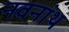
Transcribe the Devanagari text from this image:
नवनांथ